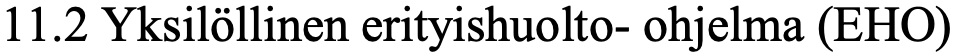
11.2 Yksilöllinen erityishuolto- ohjelma (EHO)